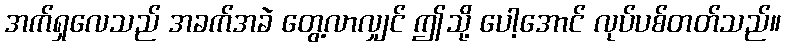
အက်ရှလေသည် အခက်အခဲ တွေ့လာလျှင် ဤသို့ ပေါ့အောင် လုပ်ပစ်တတ်သည်။